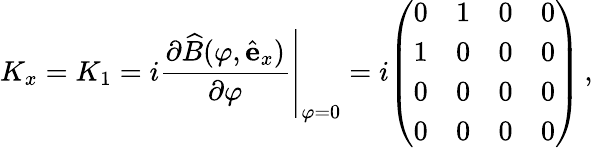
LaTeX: K_{x}=K_{1}=i\left.{\frac{\partial{\widehat{B}}(\varphi,{\hat{\mathbf{e}}}_{x})}{\partial\varphi}}\right|_{\varphi=0}=i{\left(\begin{array}{llll}{0}&{1}&{0}&{0}\\ {1}&{0}&{0}&{0}\\ {0}&{0}&{0}&{0}\\ {0}&{0}&{0}&{0}\end{array}\right)}\, ,